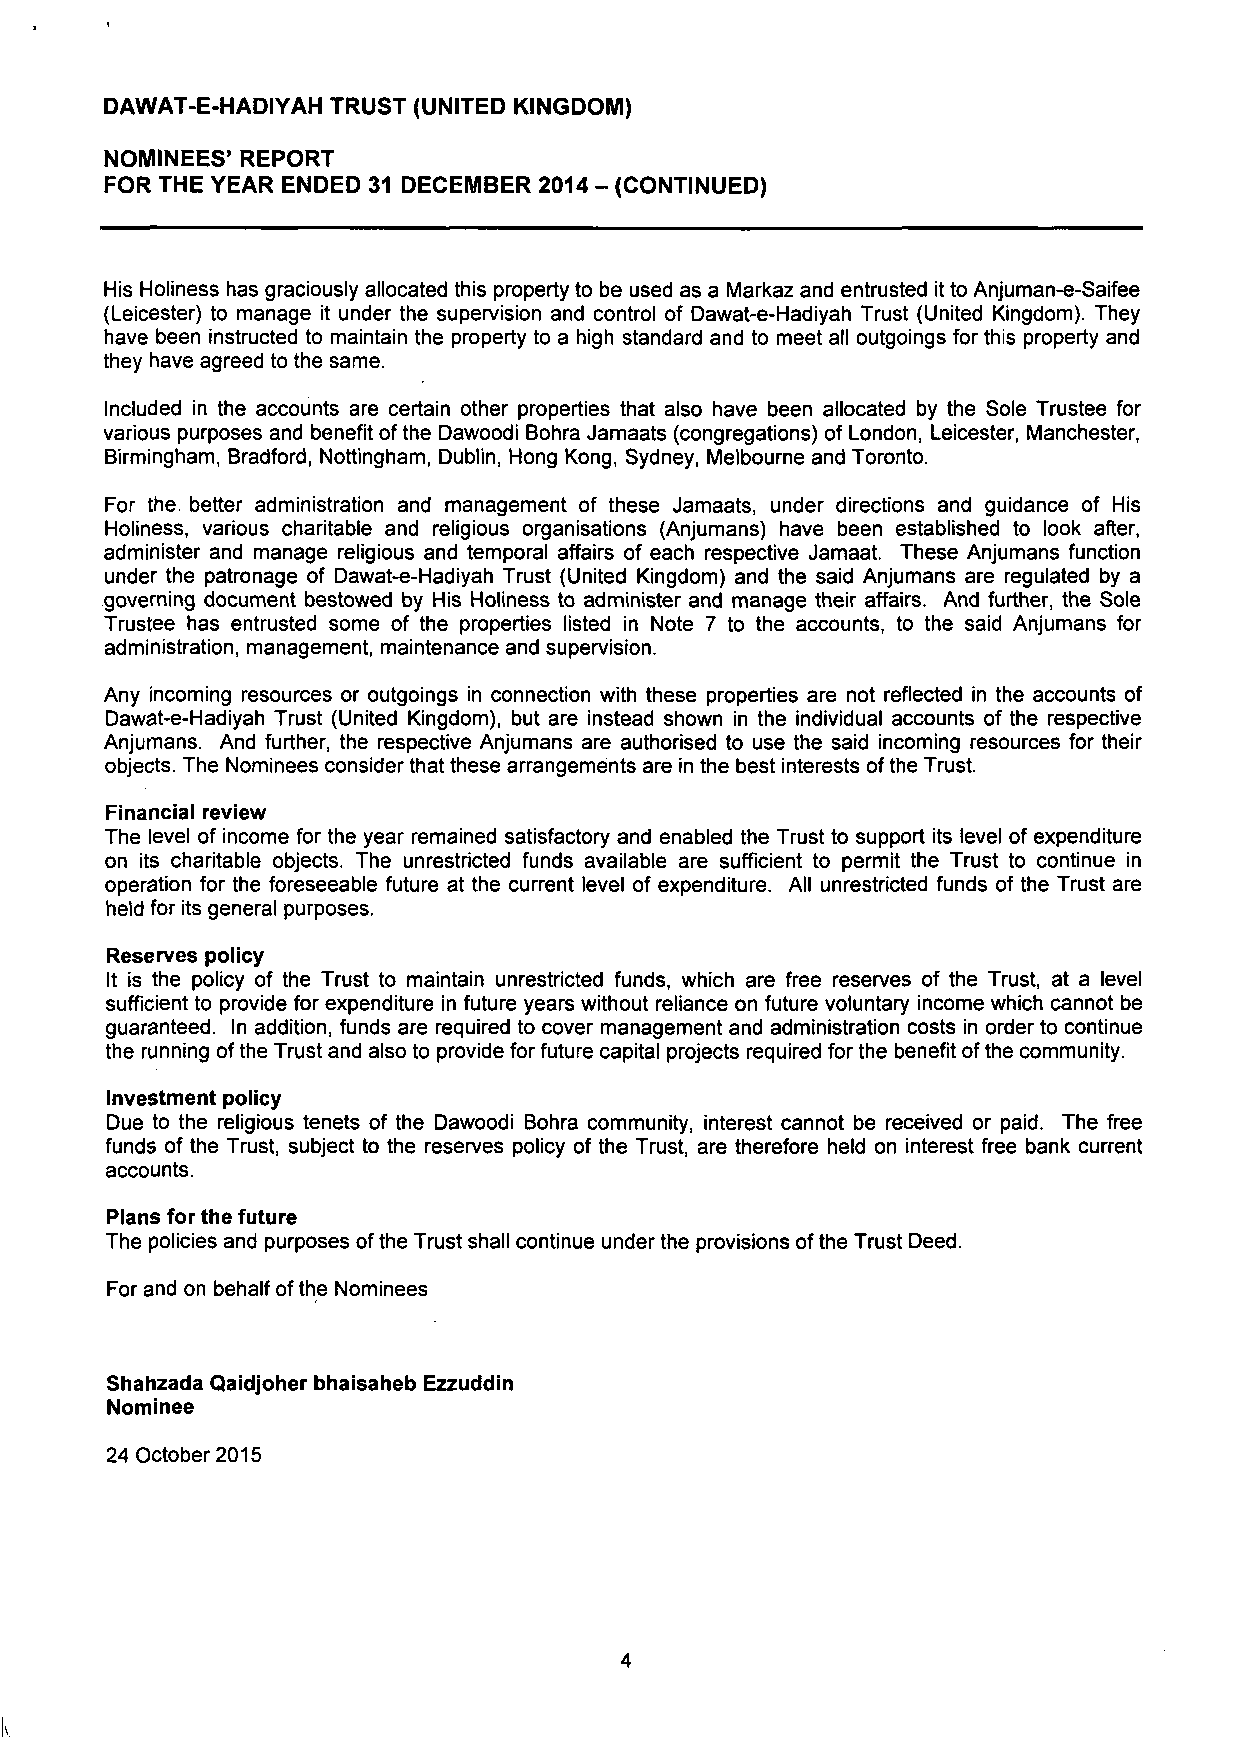
DAWAT-E-HADIYAH TRUST (UNITED KINGDOM)
 NOMINEES' REPORT
 FOR THE YEAR ENDED 31 DECEMBER 2014 - (CONTINUED)
 His Holiness has graciously allocated this property to be used as a Markaz and entrusted it to Anjuman-e-Saifee
 (Leicester) to manage it under the supervision and control of Dawat-e-Hadiyah Trust (United Kingdom). They
 have been instructed to maintain the property to a high standard and to meet all outgoings for this property and
 they have agreed to the same.
 Included in the accounts are certain other properties that also have been allocated by the Sole Trustee for
 various purposes and benefit ofthe Dawoodi Bohra Jamaats (congregations) of London, Leicester, Manchester,
 Birmingham, Bradford, Nottingham, Dublin, Hong Kong, Sydney, Melbourne and Toronto.
 For the. better administration and management of these Jamaats, under directions and guidance of His
 Holiness, various charitable and religious organisations (Anjumans) have been established to look after,
 administer and manage religious and temporal affairs of each respective Jamaat. These Anjumans function
 under the patronage of Dawat-e-Hadiyah Trust (United Kingdom) and the said Anjumans are regulated by a
 governing document bestowed by His Holiness to administer and manage their affairs. And further, the Sole
 Trustee has entrusted some of the properties listed in Note 7 to the accounts, to the said Anjumans for
 administration, management, maintenance and supervision.
 Any incoming resources or outgoings in connection with these properties are not reflected in the accounts of
 Dawat-e-Hadiyah Trust (United Kingdom), but are instead shown in the individual accounts of the respective
 Anjumans. And further, the respective Anjumans are authorised to use the said incoming resources for their
 objects. The Nominees consider that these arrangements are in the best interests of the Trust.
 Financial review
 The level of income for the year remained satisfactory and enabled the Trust to support its level of expenditure
 on its charitable objects. The unrestricted funds available are sufficient to permit the Trust to continue in
 operation for the foreseeable future at the current level of expenditure. All unrestricted funds of the Trust are
 held for its general purposes.
 Reserves policy
 It is the policy of the Trust to maintain unrestricted funds, which are free reserves of the Trust, at a level
 sufficient to provide for expenditure in future years without reliance on future voluntary income which cannot be
 guaranteed. In addition, funds are required to cover management and administration costs in order to continue
 the running of the Trust and also to provide for future capital projects required for the benefit of the community.
 Investment policy
 Due to the religious tenets of the Dawoodi Bohra community, interest cannot be received or paid. The free
 funds of the Trust, subject to the reserves policy of the Trust, are therefore held on interest free bank current
 accounts.
 Plans for the future
 The policies and purposes of the Trust shall continue under the provisions of the Trust Deed.
 For and on behalf of the Nominees
 Shahzada Qaidjoher bhaisaheb Ezzuddin
 Nominee
 24 October 2015
 4
 k